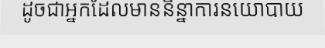
ដូចជាអ្នកដែលមាននិន្នាការនយោបាយ